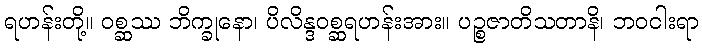
ရဟန်းတို့။ ဝစ္ဆဿ ဘိက္ခုနော၊ ပိလိန္ဒဝစ္ဆရဟန်းအား။ ပဉ္စဇာတိသတာနိ၊ ဘဝငါးရာ